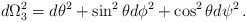
\begin{align*}d\Omega_3^2 = d\theta^2 + \sin^2\theta d\phi^2 + \cos^2\theta d\psi^2\,.\end{align*}